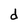
Character: d